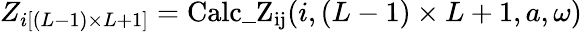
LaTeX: Z_{i\left[(L-1)\times L+1\right]}=\mathrm{Calc\_ Z_{ij}}(i,(L-1)\times L+1,a,\omega)